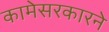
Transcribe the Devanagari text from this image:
कामेसरकारने